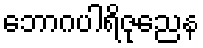
ဘောဂပါရိဇုညေန